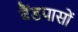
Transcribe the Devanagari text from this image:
बैंडपासों